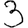
Digit: 3